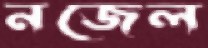
নজেল